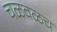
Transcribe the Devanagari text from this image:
चळवळच